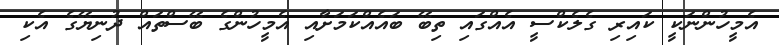
އެމީހުންނަކީ ކައިރި ގެލެކްސީ އެއްގައި ތިބޭ ބައެއްކަމަށާއި އެމީހުންގެ ބޭސްތައް ދުނިޔޭގެ އެކި